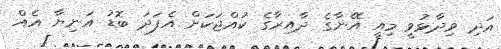
އަދި ވިދާޅުވީ މިއީ އޭނާގެ ދާއިރާގެ ކުއްޖަކަށް އެފަދަ ބޮޑު އަނިޔާ އެއް